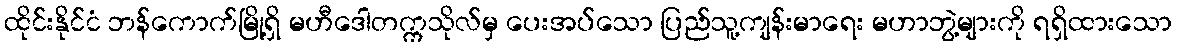
ထိုင်းနိုင်ငံ ဘန်ကောက်မြို့ရှိ မဟီဒေါတက္ကသိုလ်မှ ပေးအပ်သော ပြည်သူ့ကျန်းမာရေး မဟာဘွဲ့များကို ရရှိထားသော